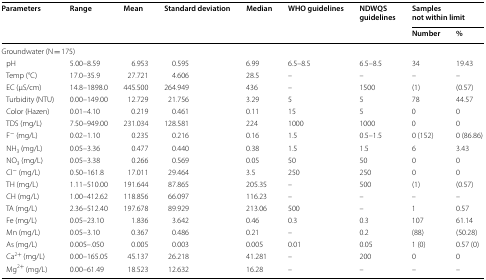
<table><thead><tr><td rowspan="2"><b>Parameters</b></td><td rowspan="2"><b>Range</b></td><td rowspan="2"><b>Mean</b></td><td rowspan="2"><b>Standard deviation</b></td><td rowspan="2"><b>Median</b></td><td rowspan="2"><b>WHO guidelines</b></td><td rowspan="2"><b>NDWQS guidelines</b></td><td colspan="2"><b>Samples not within limit</b></td></tr><tr><td><b>Number</b></td><td><b>%</b></td></tr></thead><tbody><tr><td colspan="9">Groundwater (N = 175)</td></tr><tr><td> pH</td><td>5.00–8.59</td><td>6.953</td><td>0.595</td><td>6.99</td><td>6.5–8.5</td><td>6.5–8.5</td><td>34</td><td>19.43</td></tr><tr><td> Temp (°C)</td><td>17.0–35.9</td><td>27.721</td><td>4.606</td><td>28.5</td><td>–</td><td>–</td><td>–</td><td>–</td></tr><tr><td> EC (μS/cm)</td><td>14.8–1898.0</td><td>445.500</td><td>264.949</td><td>436</td><td>–</td><td>1500</td><td>(1)</td><td>(0.57)</td></tr><tr><td> Turbidity (NTU)</td><td>0.00–149.00</td><td>12.729</td><td>21.756</td><td>3.29</td><td>5</td><td>5</td><td>78</td><td>44.57</td></tr><tr><td> Color (Hazen)</td><td>0.01–4.10</td><td>0.219</td><td>0.461</td><td>0.11</td><td>15</td><td>5</td><td>0</td><td>0</td></tr><tr><td> TDS (mg/L)</td><td>7.50–949.00</td><td>231.034</td><td>128.581</td><td>224</td><td>1000</td><td>1000</td><td>0</td><td>0</td></tr><tr><td> F<sup>−</sup> (mg/L)</td><td>0.02–1.10</td><td>0.235</td><td>0.216</td><td>0.16</td><td>1.5</td><td>0.5–1.5</td><td>0 (152)</td><td>0 (86.86)</td></tr><tr><td> NH<sub>3</sub> (mg/L)</td><td>0.05–3.36</td><td>0.477</td><td>0.440</td><td>0.38</td><td>1.5</td><td>1.5</td><td>6</td><td>3.43</td></tr><tr><td> NO<sub>3</sub> (mg/L)</td><td>0.05–3.38</td><td>0.266</td><td>0.569</td><td>0.05</td><td>50</td><td>50</td><td>0</td><td>0</td></tr><tr><td> Cl<sup>−</sup> (mg/L)</td><td>0.50–161.8</td><td>17.011</td><td>29.464</td><td>3.5</td><td>250</td><td>250</td><td>0</td><td>0</td></tr><tr><td> TH (mg/L)</td><td>1.11–510.00</td><td>191.644</td><td>87.865</td><td>205.35</td><td>–</td><td>500</td><td>(1)</td><td>(0.57)</td></tr><tr><td> CH (mg/L)</td><td>1.00–412.62</td><td>118.856</td><td>66.097</td><td>116.23</td><td>–</td><td>–</td><td>–</td><td>–</td></tr><tr><td> TA (mg/L)</td><td>2.36–512.40</td><td>197.678</td><td>89.929</td><td>213.06</td><td>500</td><td>–</td><td>1</td><td>0.57</td></tr><tr><td> Fe (mg/L)</td><td>0.05–23.10</td><td>1.836</td><td>3.642</td><td>0.46</td><td>0.3</td><td>0.3</td><td>107</td><td>61.14</td></tr><tr><td> Mn (mg/L)</td><td>0.05–3.10</td><td>0.367</td><td>0.486</td><td>0.21</td><td>–</td><td>0.2</td><td>(88)</td><td>(50.28)</td></tr><tr><td> As (mg/L)</td><td>0.005–.050</td><td>0.005</td><td>0.003</td><td>0.005</td><td>0.01</td><td>0.05</td><td>1 (0)</td><td>0.57 (0)</td></tr><tr><td> Ca<sup>2+</sup> (mg/L)</td><td>0.00–165.05</td><td>45.137</td><td>26.218</td><td>41.281</td><td>–</td><td>200</td><td>0</td><td>0</td></tr><tr><td> Mg<sup>2+</sup> (mg/L)</td><td>0.00–61.49</td><td>18.523</td><td>12.632</td><td>16.28</td><td>–</td><td>–</td><td>–</td><td>–</td></tr></tbody></table>